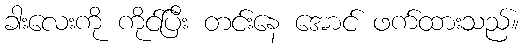
ခါးလေးကို ကိုင်ပြီး တင်းနေ အောင် ဖက်ထားသည်။